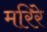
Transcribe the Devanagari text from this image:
मरिरे